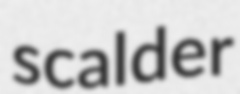
scalder